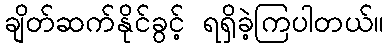
ချိတ်ဆက်နိုင်ခွင့် ရရှိခဲ့ကြပါတယ်။